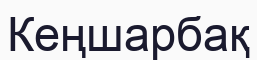
Кеңшарбақ